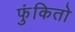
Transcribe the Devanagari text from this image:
फुंकितो